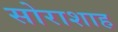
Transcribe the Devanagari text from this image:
सोराशाह